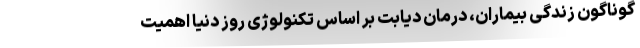
گوناگون زندگی بیماران، درمان دیابت بر اساس تکنولوژی روز دنیا اهمیت